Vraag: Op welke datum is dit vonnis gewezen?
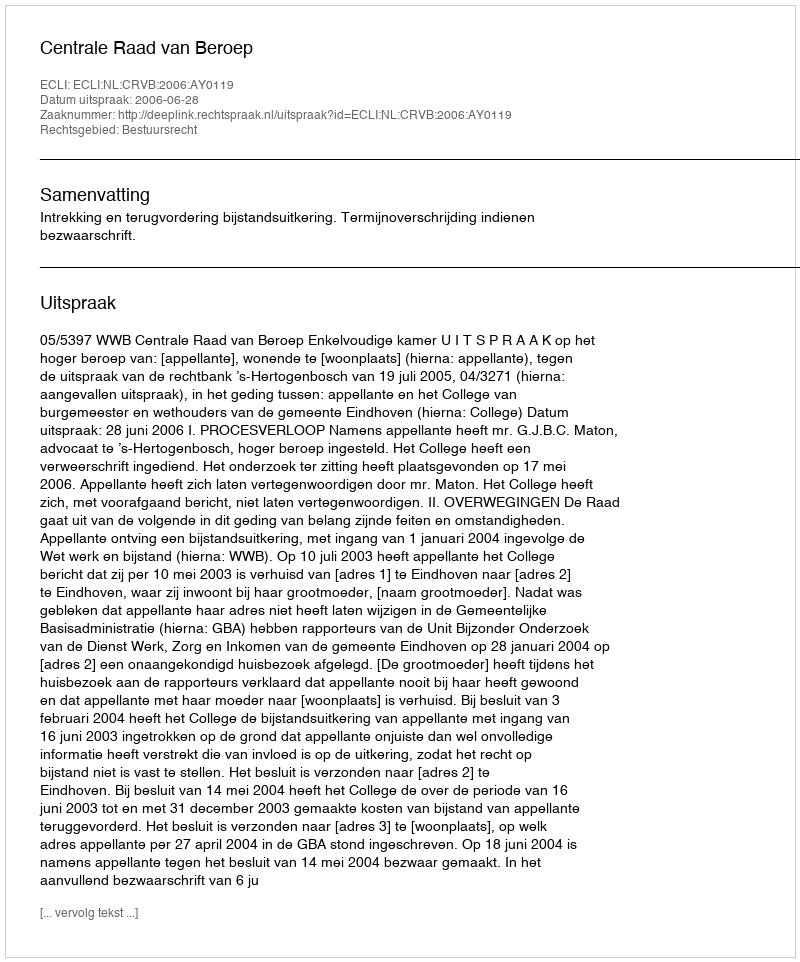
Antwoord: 2006-06-28